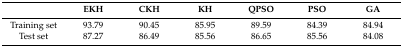
|  | EKH | CKH | KH | QPSO | PSO | GA |
 | --- | --- | --- | --- | --- | --- | --- |
 | Training set | 93.79 | 90.45 | 85.95 | 89.59 | 84.39 | 84.94 |
 | Test set | 87.27 | 86.49 | 85.56 | 86.65 | 85.56 | 84.08 |